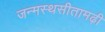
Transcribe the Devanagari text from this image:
जन्मस्थसीतामढ़ी